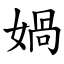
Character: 媧